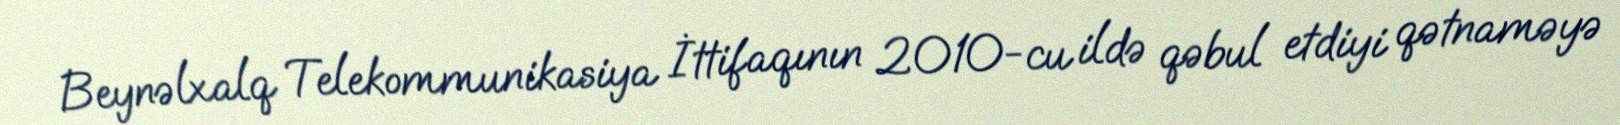
Beynəlxalq Telekommunikasiya İttifaqının 2010-cu ildə qəbul etdiyi qətnaməyə